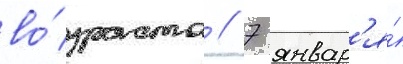
во́зраста // 7 январ'я́